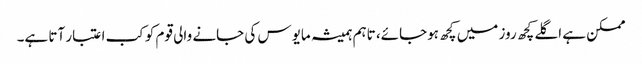
ممکن ہے اگلے کچھ روز میں کچھ ہوجائے، تاہم ہمیشہ مایوس کی جانے والی قوم کو کب اعتبار آتا ہے۔